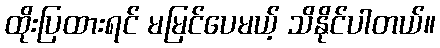
ထိုးပြထားရင် မမြင်ပေမယ့် သိနိုင်ပါတယ်။